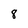
Character: 8